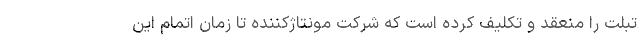
تبلت را منعقد و تکلیف کرده است که شرکت مونتاژکننده تا زمان اتمام این